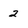
Character: 2